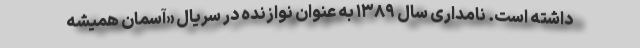
داشته است. نامداری سال ۱۳۸۹ به عنوان نوازنده در سریال «آسمان همیشه